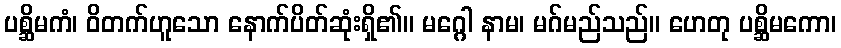
ပစ္ဆိမကံ၊ ဝိတက်ဟူသော နောက်ပိတ်ဆုံးရှိ၏။ မဂ္ဂေါ နာမ၊ မဂ်မည်သည်။ ဟေတု ပစ္ဆိမကော၊